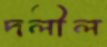
দলীল